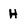
Character: H